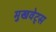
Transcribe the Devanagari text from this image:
मुखवेट्स